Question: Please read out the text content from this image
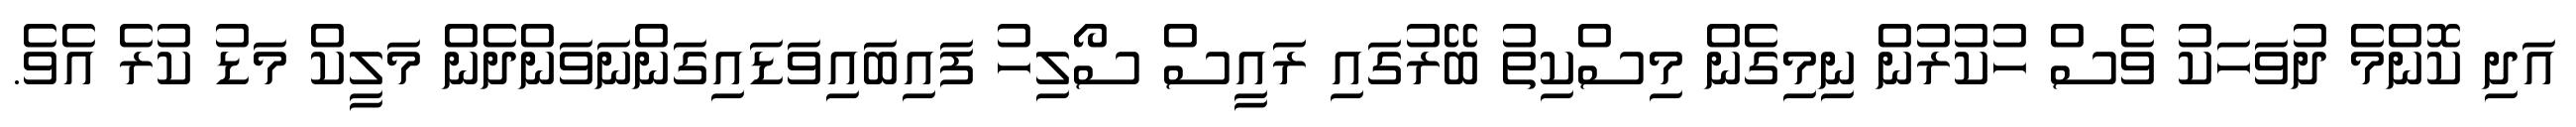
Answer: އަދި ކޮންމެ ދުވަހަކު ވެސް ހުކުރުން ނިމިގެން މިސްކިތު ބޭރުގައި ރައީސް ސޯލިހު ފައިބައިވަޑައިގަންނަވަންދެން މަލީކް މަޑު ކުރެ އެވެ.